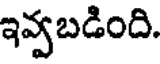
ఇవ్వబడింది.